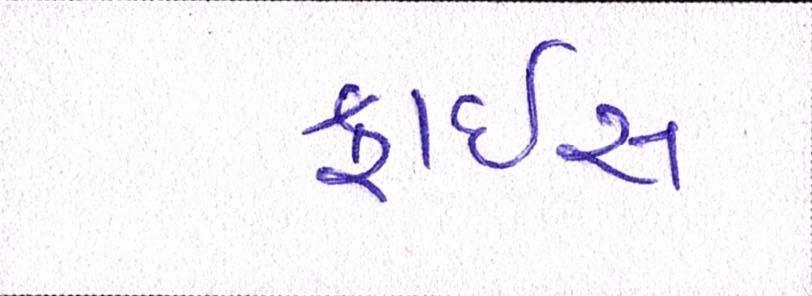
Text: ફ્રાઇસ